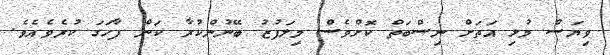
ވިޔަސް މުޅި އަތަށް ނިސްބަތް ކޮށްވެސް މިލަފުޒު ބޭނުންކުރާ ކަން ފާހަގަ ކުރެވެއެވެ.